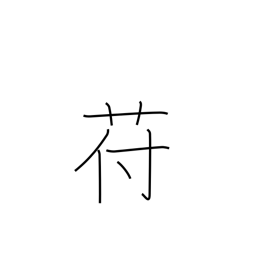
Meaning: kudzu-like plant